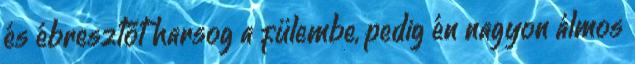
és ébresztőt harsog a fülembe, pedig én nagyon álmos